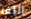
اللغز